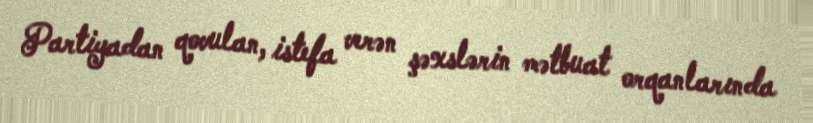
Partiyadan qovulan, istefa verən şəxslərin mətbuat orqanlarında